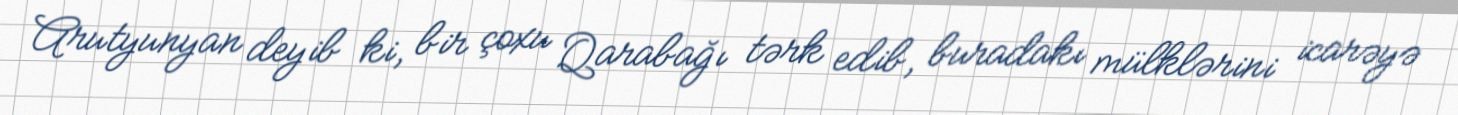
Arutyunyan deyib ki, bir çoxu Qarabağı tərk edib, buradakı mülklərini icarəyə